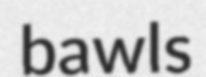
bawls